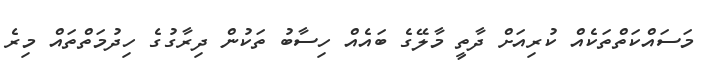
މަސައްކަތްތަކެއް ކުރިއަށް ދާތީ މާލޭގެ ބައެއް ހިސާބު ތަކުން ދިރާގުގެ ހިދުމަތްތައް މިރެ